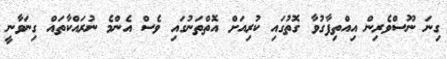
ގިނަ ނޫސްވެރިން އިއްތިފާގުވާ ގޮތުގައި ކުރިއަށް އޮތްތަނުގައި ވެސް އެންމެ ނުރައްކާތައް ގިނަވާނީ